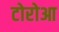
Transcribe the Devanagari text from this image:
टोरोआ